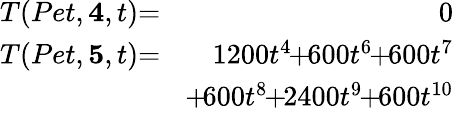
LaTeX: \begin{array}{rlr}{T(Pet,{\mathbf 4},t)}&{\! \! \! \! \! \! =\! \! \! \! \! \! }&{0}\\ {T(Pet,{\mathbf 5},t)}&{\! \! \! \! \! \! =\! \! \! \! \! \! }&{1200t^{4}\! \! +\! \! 600t^{6}\! \! +\! \! 600t^{7}}\\ &{}&{\! \! +\! 600t^{8}\! \! +\! \! 2400t^{9}\! \! +\! \! 600t^{10}}\end{array}